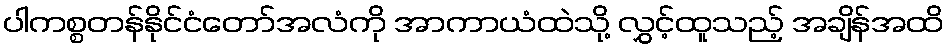
ပါကစ္စတန်နိုင်ငံတော်အလံကို အာကာယံထဲသို့ လွှင့်ထူသည့် အချိန်အထိ